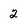
Character: 2